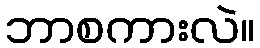
ဘာစကားလဲ။